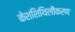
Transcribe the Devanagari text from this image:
केशशिथिलीकरण